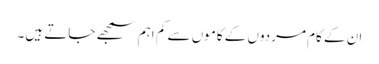
ان کے کام مردوں کے کاموں سے کم اہم سمجھے جاتے ہیں۔